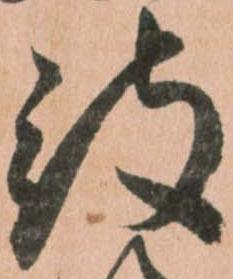
被